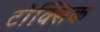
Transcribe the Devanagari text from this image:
टोक्सिक